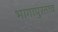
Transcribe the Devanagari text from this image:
भागापुरताच